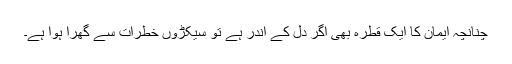
چنانچہ ایمان کا ایک قطرہ بھی اگر دل کے اندر ہے تو سیکڑوں خطرات سے گھرا ہوا ہے۔